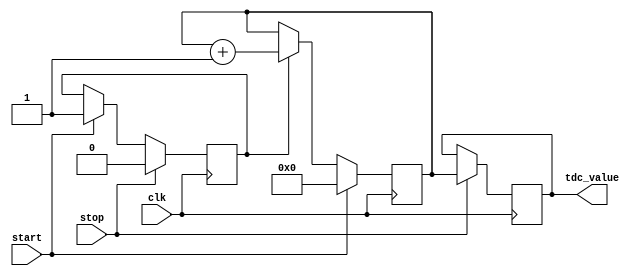
module tdc_delay_line (
    input wire clk,              // Clock signal
    input wire start,            // Start signal
    input wire stop,             // Stop signal
    output reg [N-1:0] tdc_value // Output TDC value (N bits)
);

parameter N = 8;                // Number of bits for the TDC value
parameter DELAY_LINE_LENGTH = 16; // Number of delay elements in the delay line
reg [N-1:0] counter;            // Counter to measure time intervals
reg measuring;                  // State to indicate if measuring is active

// Delay line implementation (simple shift register for illustration)
reg [DELAY_LINE_LENGTH-1:0] delay_line;

// Synchronous logic to manage the counter and delay line
always @(posedge clk) begin
    if (start) begin
        // Reset counter and start measuring
        counter <= 0;
        measuring <= 1;
    end else if (measuring) begin
        // Increment counter if measuring
        counter <= counter + 1;

        // Sample the delay line (for illustration, shift the delay line)
        delay_line <= {delay_line[DELAY_LINE_LENGTH-2:0], 1'b1}; // Sample signal
    end

    if (stop) begin
        // Stop measuring and store the count value
        measuring <= 0;
        tdc_value <= counter; // Capture the final TDC value
    end
end

// Output register to hold the TDC value - already captured in `tdc_value`

endmodule